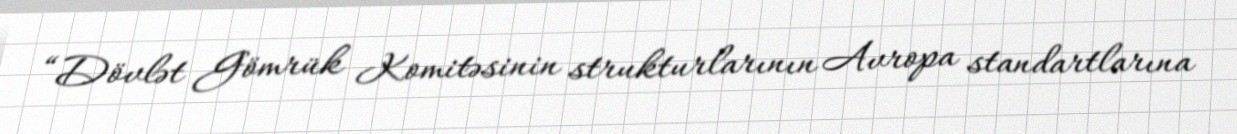
“Dövlət Gömrük Komitəsinin strukturlarının Avropa standartlarına